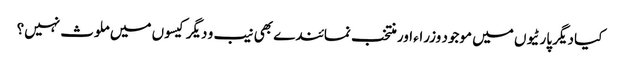
کیا دیگر پارٹیوں میں موجود وزراء اور منتخب نمائندے بھی نیب و دیگر کیسوں میں ملوث نہیں؟